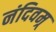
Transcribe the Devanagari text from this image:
नंदिवम्र्